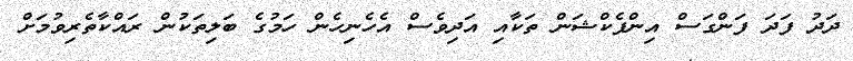
ދަދު ފަދަ ފަންގަސް އިންފެކްޝަން ތަކާއި އަދިވެސް އެހެނިހެން ހަމުގެ ބަލިތަކުން ރައްކާތެރިވުމަށް